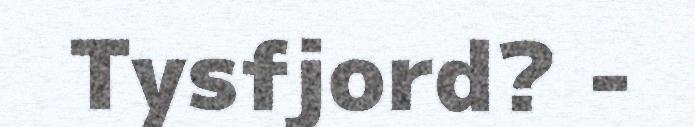
Tysfjord? -